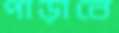
পাড়াবে